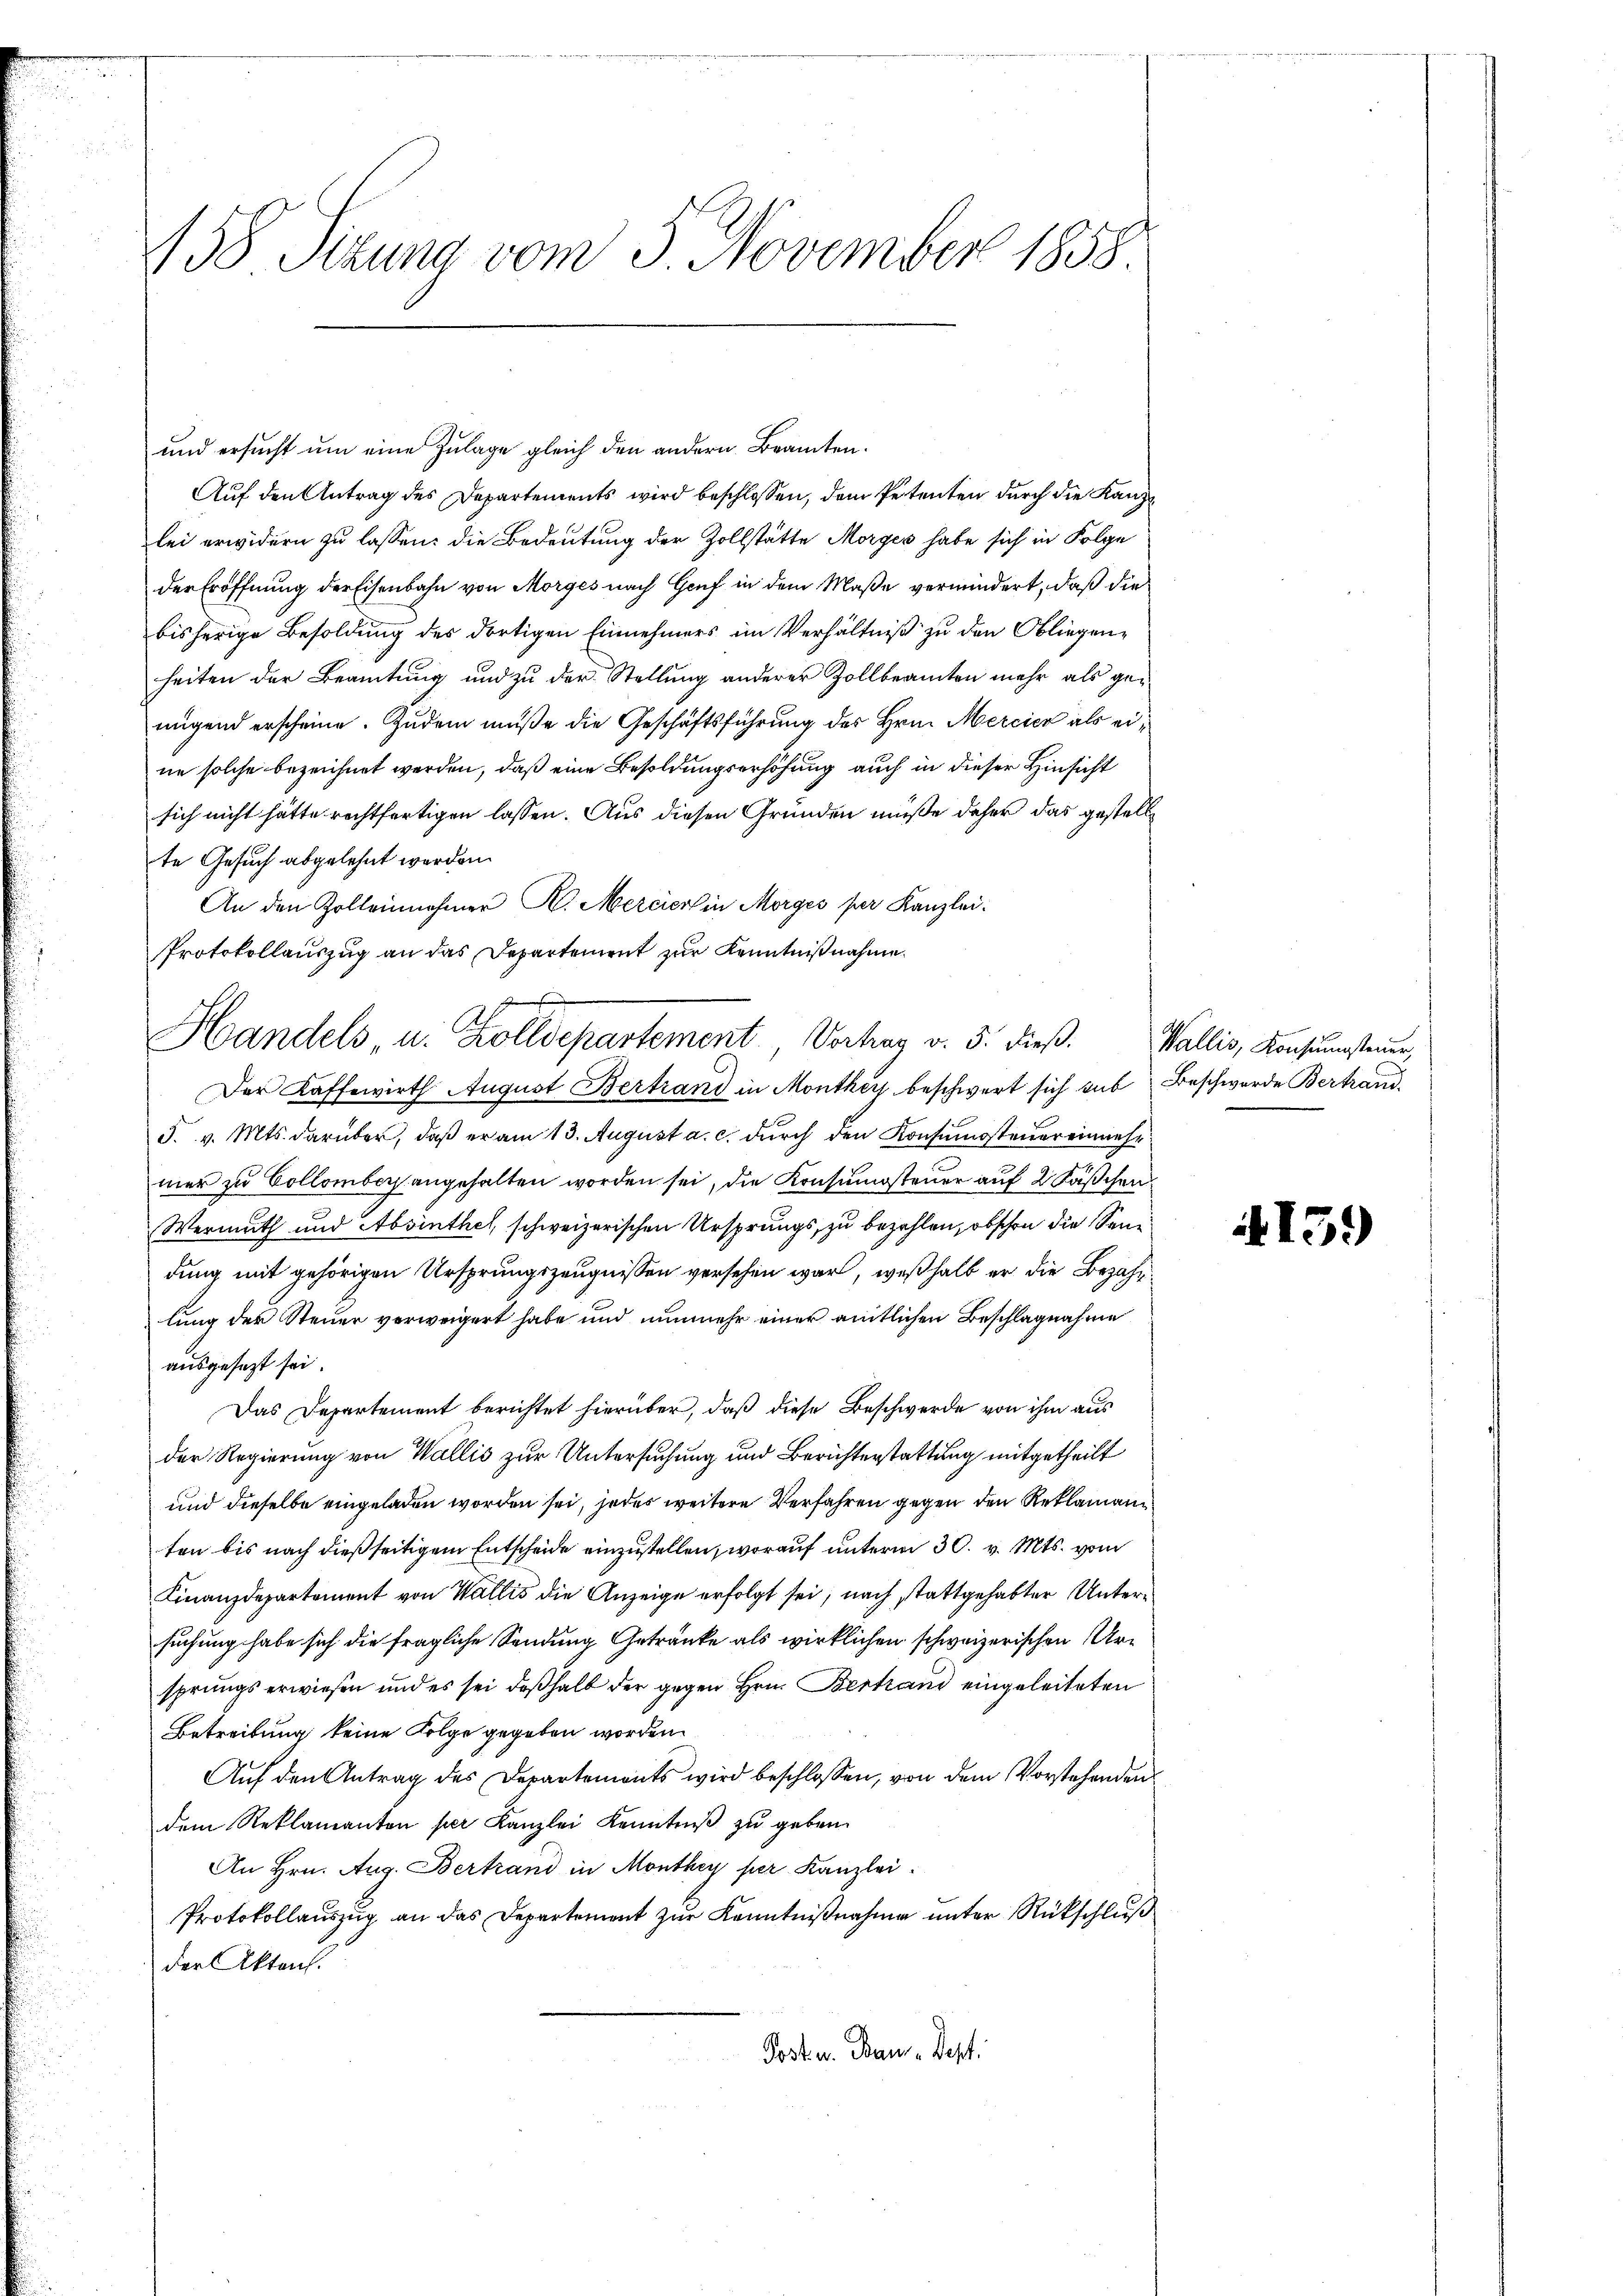
458 Sizung vom 5. November 1858

und ersucht um eine Zulage gleich den andern Beamten.
Auf den Antrag des Departements wird beschlossen, dem Petenten durch die Kanzlei erwidern zu lassen: die Bedeutung der Zollstätte Morges habe sich in Folge
der Eröffnung der Eisenbahn von Morges nach Genf in dem Maße vermindert, daß die
bisherige Besoldung des dortigen Einnehmers im Verhältniß zu den Obliegenheiten der Beamtung und zu der Stellung anderer Zollbeamten mehr als genügend erscheine. Zudem müße die Geschäftsführung des Hrn. Mercier als eine solche bezeichnet werden, daß eine Besoldungserhöhung auch in dieser Hinsicht
sich nicht hätte rechtfertigen lassen. Aus diesen Gründen müße daher das gestelle
te Gesuch abgelehnt werden.
An den Zolleinehmer K. Mercier in Morges per Kanzlei.
Protokollauszug an das Departement zur Kenntnißnahme.
Der Kaffewirth August Bertrand in Monthey beschwert sich sub Beschwerde Bertrand
F. v. Mts. darüber, daß er am 13. August a. c. durch den Konsumsteuer einmehr
mer zu Collomber angehalten worden sei, die Konsumsteuer auf 2 Fäschen
Vermuth und Absinthel schweizerischen Ursprungs zu bezahlen, obschon die Sanidung mit gehörigen Ursprungszeugnissen versehen war, weßhalb er die Bezahlung der Steuer verweigert habe und nunmehr einer amtlichen Beschlagnahme
ausgesezt sei.
Das Departement berichtet hierüber, daß diese Beschwerde von ihm aus
der Regierung von Wallis zur Untersuchung und Berichterstattung mitgetheilt
und dieselbe eingeladen worden sei, jedes weitere Verfahren gegen den Reklamann
ten bis nach dießseitigem Entscheide einzustellen, worauf unterm 30. v. Mts. vom
Finanzdepartement von Wallis die Anzeige erfolgt sei, nach stattgehabter Untersuchung habe sich die fragliche Sendung Getränke als wirklichen schweizerischen Ursprungs erwiesen und es sei deβhalb der gegen Hrn. Bertrand eingeleiteten
Betreibung keine Folge gegeben worden.
Auf den Antrag des Departements wird beschlossen, von dem Vorstehenden
dem Reklamanten per Kanzlei Kenntniß zu geben.
An Hrn. Aug. Bertrand in Monthey per Kanzlei.
Protokollauszug an das Departement zur Kenntnißnahme unter Rückschluß
der Akten.
Post u. Bau-Dept.

Handels u. Zolldepartement. Vortrag v. 5. dieß. Wallis, Konsumsteuer,

159